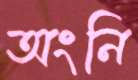
অংনি